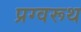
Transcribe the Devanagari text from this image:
प्रग्वरूथ